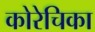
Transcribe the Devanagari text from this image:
कोरेचिका